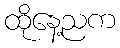
ထိုနေ့ညက